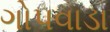
ગોપવાડા